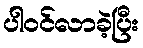
ပါဝင်လာခဲ့ပြီး